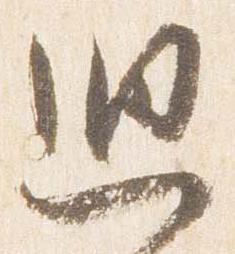
廻